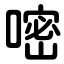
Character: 嘧